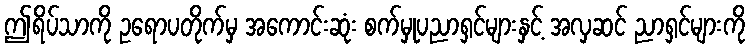
ဤရိပ်သာကို ဥရောပတိုက်မှ အကောင်းဆုံး စက်မှုပညာရှင်များနှင့် အလှဆင် ညာရှင်များကို